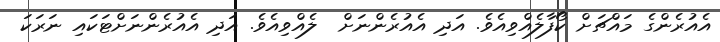
އެއުރެންގެ މައްޗަށް ކޯފާލެއްވިއެވެ. އަދި އެއުރެންނަށް  ލެއްވިއެވެ. އަދި އެއުރެންނަށްޓަކައި ނަރަކަ